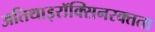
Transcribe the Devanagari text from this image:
अतिथाइरॉक्सिनरक्तता